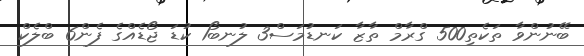
ބޭނުންވާ ތަކެތި500 ގްރާމް ތާޒާ ކަނޑުމަސް3 ލުނބޯ1 ކުޑަ ޖޯޑެއްގެ ފެން6 ބްލެކް